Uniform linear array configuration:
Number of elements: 64
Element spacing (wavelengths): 0.25
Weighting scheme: hamming
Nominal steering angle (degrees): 60
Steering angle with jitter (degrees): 61.621
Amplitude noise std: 0.05
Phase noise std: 0.05

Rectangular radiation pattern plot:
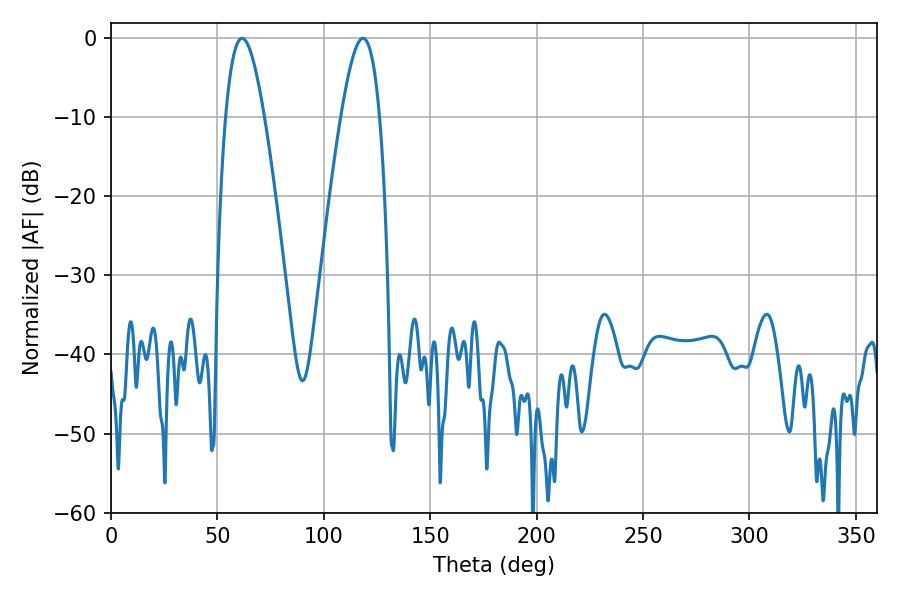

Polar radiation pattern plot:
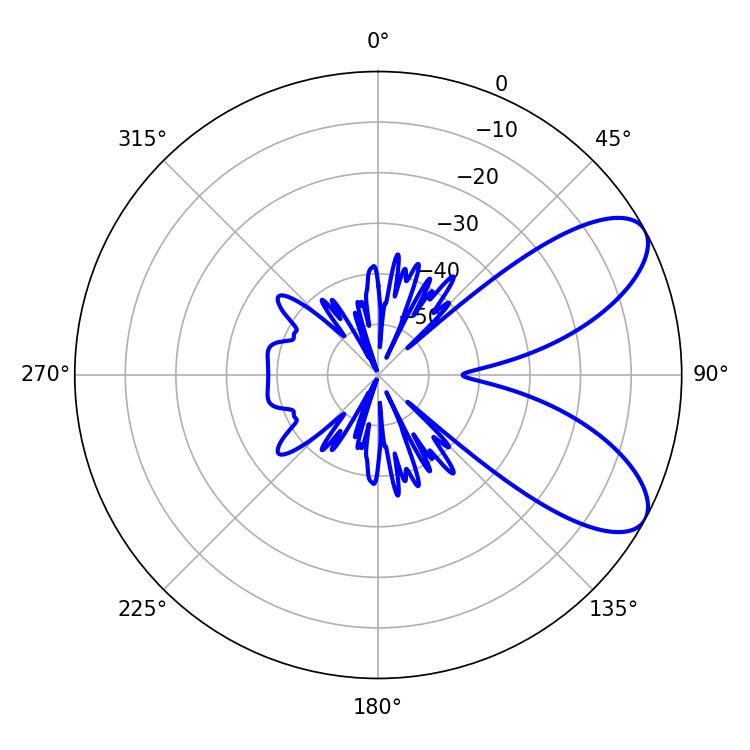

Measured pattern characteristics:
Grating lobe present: FALSE
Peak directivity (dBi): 7.83
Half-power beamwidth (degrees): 9.9
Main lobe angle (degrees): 61.56